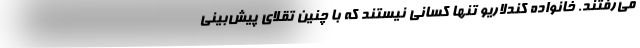
می‌رفتند. خانواده کندلاریو تنها کسانی نیستند که با چنین تقلای پیش‌بینی